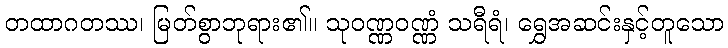
တထာဂတဿ၊ မြတ်စွာဘုရား၏။ သုဝဏ္ဏဝဏ္ဏံ သရီရံ၊ ရွှေအဆင်းနှင့်တူသော